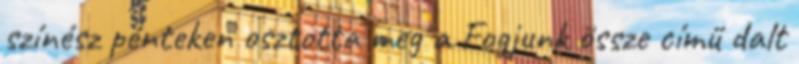
színész pénteken osztotta meg a Fogjunk össze című dalt